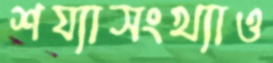
শয্যাসংখ্যাও